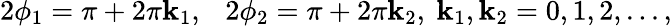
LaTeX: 2\phi_{1}=\pi+2\pi\mathbf{k}_{1},~~~2\phi_{2}=\pi+2\pi\mathbf{k}_{2},~\mathbf{k}_{1},\mathbf{k}_{2}=0,1,2,...,